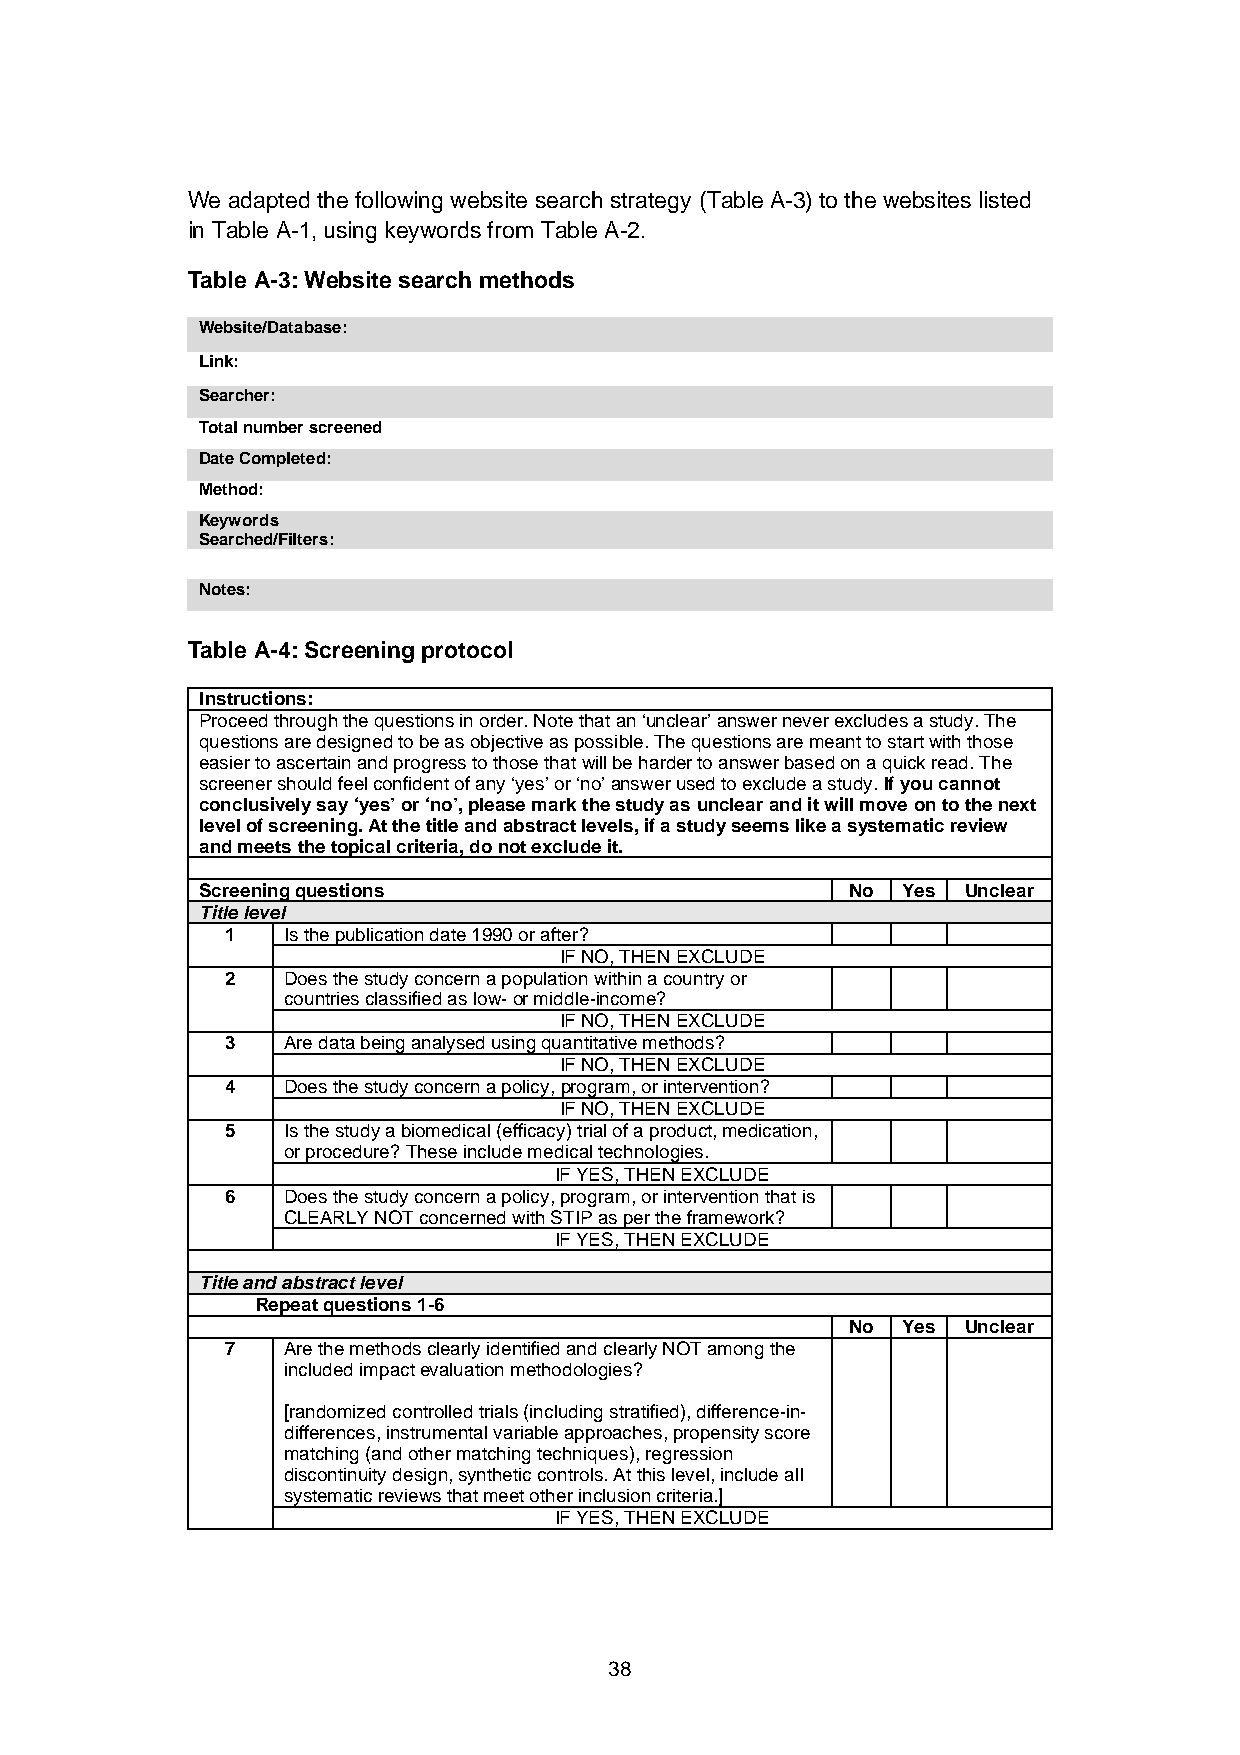
We adapted the following website search strategy (Table A-3) to the websites listed
 in Table A-1, using keywords from Table A-2.
 Table A-3: Website search methods
 Website/Database:
 Link:
 Searcher:
 Total number screened
 Date Completed:
 Method:
 Keywords
 S earched/Filters:
 Notes:
 Table A-4: Screening protocol
 Instructions:
 Proceed through the questions in order. Note that an ‘unclear’ answer never excludes a study. The
 questions are designed to be as objective as possible. The questions are meant to start with those
 easier to ascertain and progress to those that will be harder to answer based on a quick read. The
 screener should feel confident of any ‘yes’ or ‘no’ answer used to exclude a study. If you cannot
 conclusively say ‘yes’ or ‘no’, please mark the study as unclear and it will move on to the next
 level of screening. At the title and abstract levels, if a study seems like a systematic review
 and meets the topical criteria, do not exclude it.
 Screening questions                        No  Yes Unclear
 Title level
 1   Is the publication date 1990 or after?
 IF NO, THEN EXCLUDE
 2   Does the study concern a population within a country or
 countries classified as low- or middle-income?
 IF NO, THEN EXCLUDE
 3   Are data being analysed using quantitative methods?
 IF NO, THEN EXCLUDE
 4   Does the study concern a policy, program, or intervention?
 IF NO, THEN EXCLUDE
 5   Is the study a biomedical (efficacy) trial of a product, medication,
 or procedure? These include medical technologies.
 IF YES, THEN EXCLUDE
 6   Does the study concern a policy, program, or intervention that is
 CLEARLY NOT concerned with STIP as per the framework?
 IF YES, THEN EXCLUDE
 Title and abstract level
 Repeat questions 1-6
 No  Yes Unclear
 7   Are the methods clearly identified and clearly NOT among the
 included impact evaluation methodologies?
 [randomized controlled trials (including stratified), difference-in-
 differences, instrumental variable approaches, propensity score
 matching (and other matching techniques), regression
 discontinuity design, synthetic controls. At this level, include all
 systematic reviews that meet other inclusion criteria.]
 IF YES, THEN EXCLUDE
 38